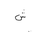
Letter: _shin